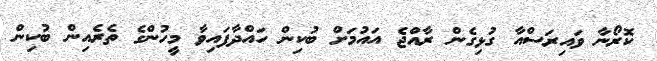
ކޮރޯނާ ވައިރަސްއާ ގުޅިގެން ރާއްޖެ އައުމަށް ބުކިން ހައްދާފައިވާ މީހުންގެ ތެރެއިން ބުކިން